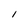
Character: l